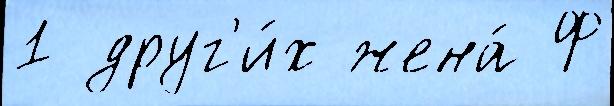
1 друг'и́х жена́ Ф